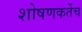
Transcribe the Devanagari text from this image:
शोषणकर्तेच